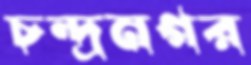
চন্দ্রনগর